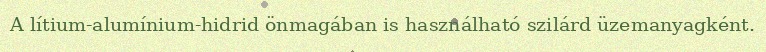
A lítium-alumínium-hidrid önmagában is használható szilárd üzemanyagként.